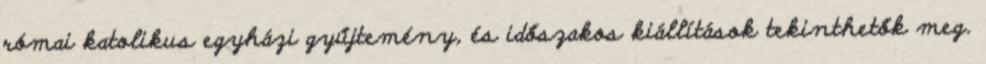
római katolikus egyházi gyűjtemény, és időszakos kiállítások tekinthetők meg.